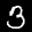
Label: 3